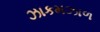
ઝાકમઝાળ